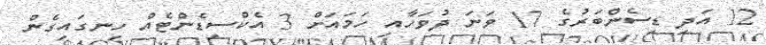
12 އަދި ޑިސެންބަރުގެ 17 ވަނަ ދުވަހާއި ހަމައަށް 3 އެކްސިޑެންޓެއް ހިނގައިގެން